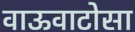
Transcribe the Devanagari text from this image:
वाऊवाटोसा